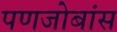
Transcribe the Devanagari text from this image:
पणजोबांस